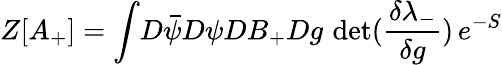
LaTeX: Z[A_{+}]=\int\! D\bar{\psi}D\psi DB_{+}Dg\, \, \mathrm{det}(\frac{\delta\lambda_{-}}{\delta g})\, e^{-S}